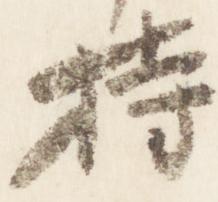
持